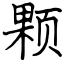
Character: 颗